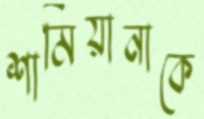
শামিয়ানাকে